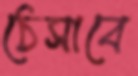
ঠেসাবে